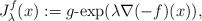
LaTeX: \begin{align*}J_{\lambda}^f(x):=g\textrm{-\!}\exp(\lambda\nabla(-f)(x)),\end{align*}